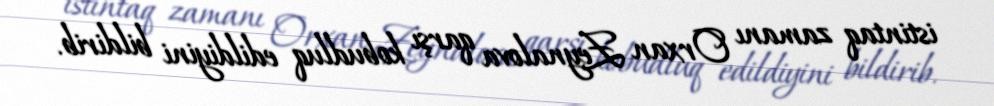
istintaq zamanı Orxan Zeynalova qarşı kobudluq edildiyini bildirib.